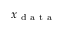
x _ { \mathrm { ~ d ~ a ~ t ~ a ~ } }